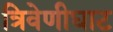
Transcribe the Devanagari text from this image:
त्रिवेणीघाट